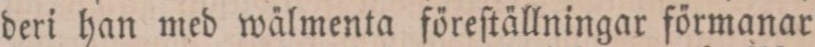
deri han med wälmenta föreſtällningar förmanar